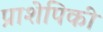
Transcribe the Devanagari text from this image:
प्राशेपिकी